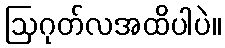
ဩဂုတ်လအထိပါပဲ။